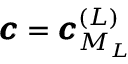
\pmb { c } = \pmb { c } _ { M _ { L } } ^ { ( L ) }